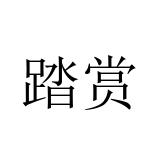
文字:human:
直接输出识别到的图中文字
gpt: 踏赏